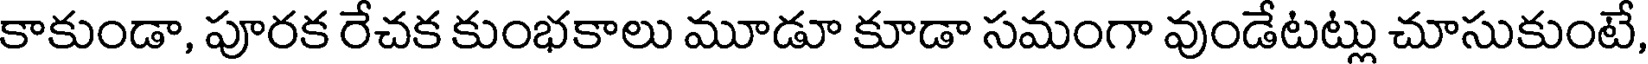
కాకుండా, పూరక రేచక కుంభకాలు మూడూ కూడా సమంగా వుండేటట్లు చూసుకుంటే